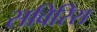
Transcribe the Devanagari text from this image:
सविरिस